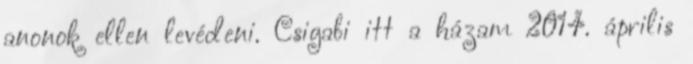
anonok ellen levédeni. Csigabi itt a házam 2014. április